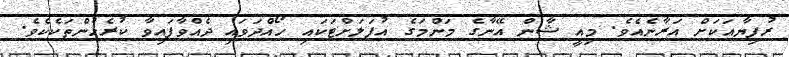
ރުފިޔާއަކަށް އަރާނެއެވެ. މިއީ ޝާން އޭނާގެ މަންމަގެ އުފަލަށްޓަކައި ހޯއްދަވައި ދެއްވާފައިވާ ކުރެހުންތަކެކެވެ.